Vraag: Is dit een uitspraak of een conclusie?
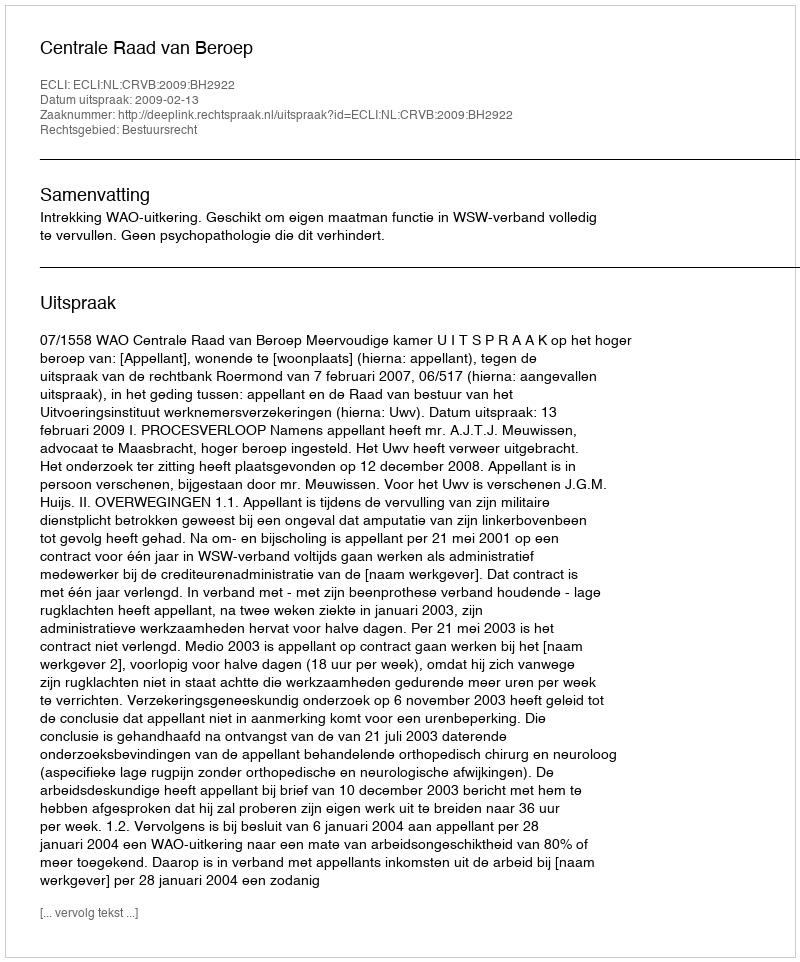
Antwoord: Uitspraak